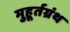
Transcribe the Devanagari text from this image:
मुहूर्तग्रंथ